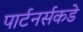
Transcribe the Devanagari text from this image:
पार्टनर्सकडे